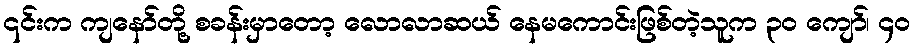
၎င်းက ကျနော်တို့ စခန်းမှာတော့ လောလာဆယ် နေမကောင်းဖြစ်တဲ့သူက ၃၀ ကျော်၊ ၄၀